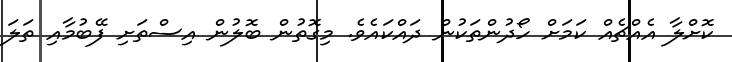
ކޮށްލާ އެއްޗެއް ކަމަށް ހޯދުންތަކުން ދައްކައެވެ. މިގޮތުން ބޮލުން އިސްތަށި ފޭބުމާއި ތަލަ